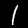
Digit: 1